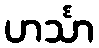
ဟင်္သာ